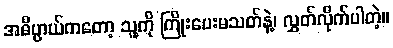
အဓိပ္ပာယ်ကတော့ သူ့ကို ကြိုးပေးမသတ်နဲ့၊ လွှတ်လိုက်ပါတဲ့။